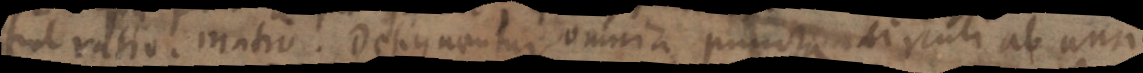
sint ratio. matio. Designantur omnia puncta circuli ab una